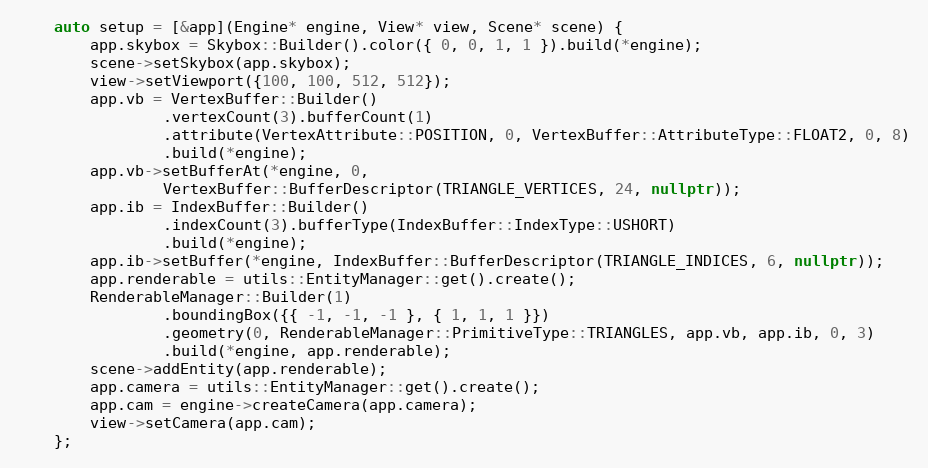
Language: C++
    auto setup = [&app](Engine* engine, View* view, Scene* scene) {
        app.skybox = Skybox::Builder().color({ 0, 0, 1, 1 }).build(*engine);
        scene->setSkybox(app.skybox);
        view->setViewport({100, 100, 512, 512});
        app.vb = VertexBuffer::Builder()
                .vertexCount(3).bufferCount(1)
                .attribute(VertexAttribute::POSITION, 0, VertexBuffer::AttributeType::FLOAT2, 0, 8)
                .build(*engine);
        app.vb->setBufferAt(*engine, 0,
                VertexBuffer::BufferDescriptor(TRIANGLE_VERTICES, 24, nullptr));
        app.ib = IndexBuffer::Builder()
                .indexCount(3).bufferType(IndexBuffer::IndexType::USHORT)
                .build(*engine);
        app.ib->setBuffer(*engine, IndexBuffer::BufferDescriptor(TRIANGLE_INDICES, 6, nullptr));
        app.renderable = utils::EntityManager::get().create();
        RenderableManager::Builder(1)
                .boundingBox({{ -1, -1, -1 }, { 1, 1, 1 }})
                .geometry(0, RenderableManager::PrimitiveType::TRIANGLES, app.vb, app.ib, 0, 3)
                .build(*engine, app.renderable);
        scene->addEntity(app.renderable);
        app.camera = utils::EntityManager::get().create();
        app.cam = engine->createCamera(app.camera);
        view->setCamera(app.cam);
    };